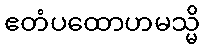
ဧတံပထောဟမသ္မိ